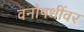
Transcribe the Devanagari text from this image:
वनौषधींवर